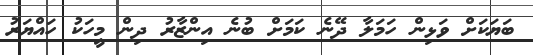
ބަޔަކަށް ވަޅިން ހަމަލާ ދޭނެ ކަމަށް ބުނެ އިންޒާރު ދިން މީހަކު ހައްޔަރު